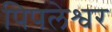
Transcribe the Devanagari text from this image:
पिपलेश्वर